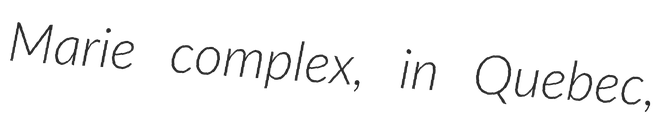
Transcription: Marie complex, in Quebec,